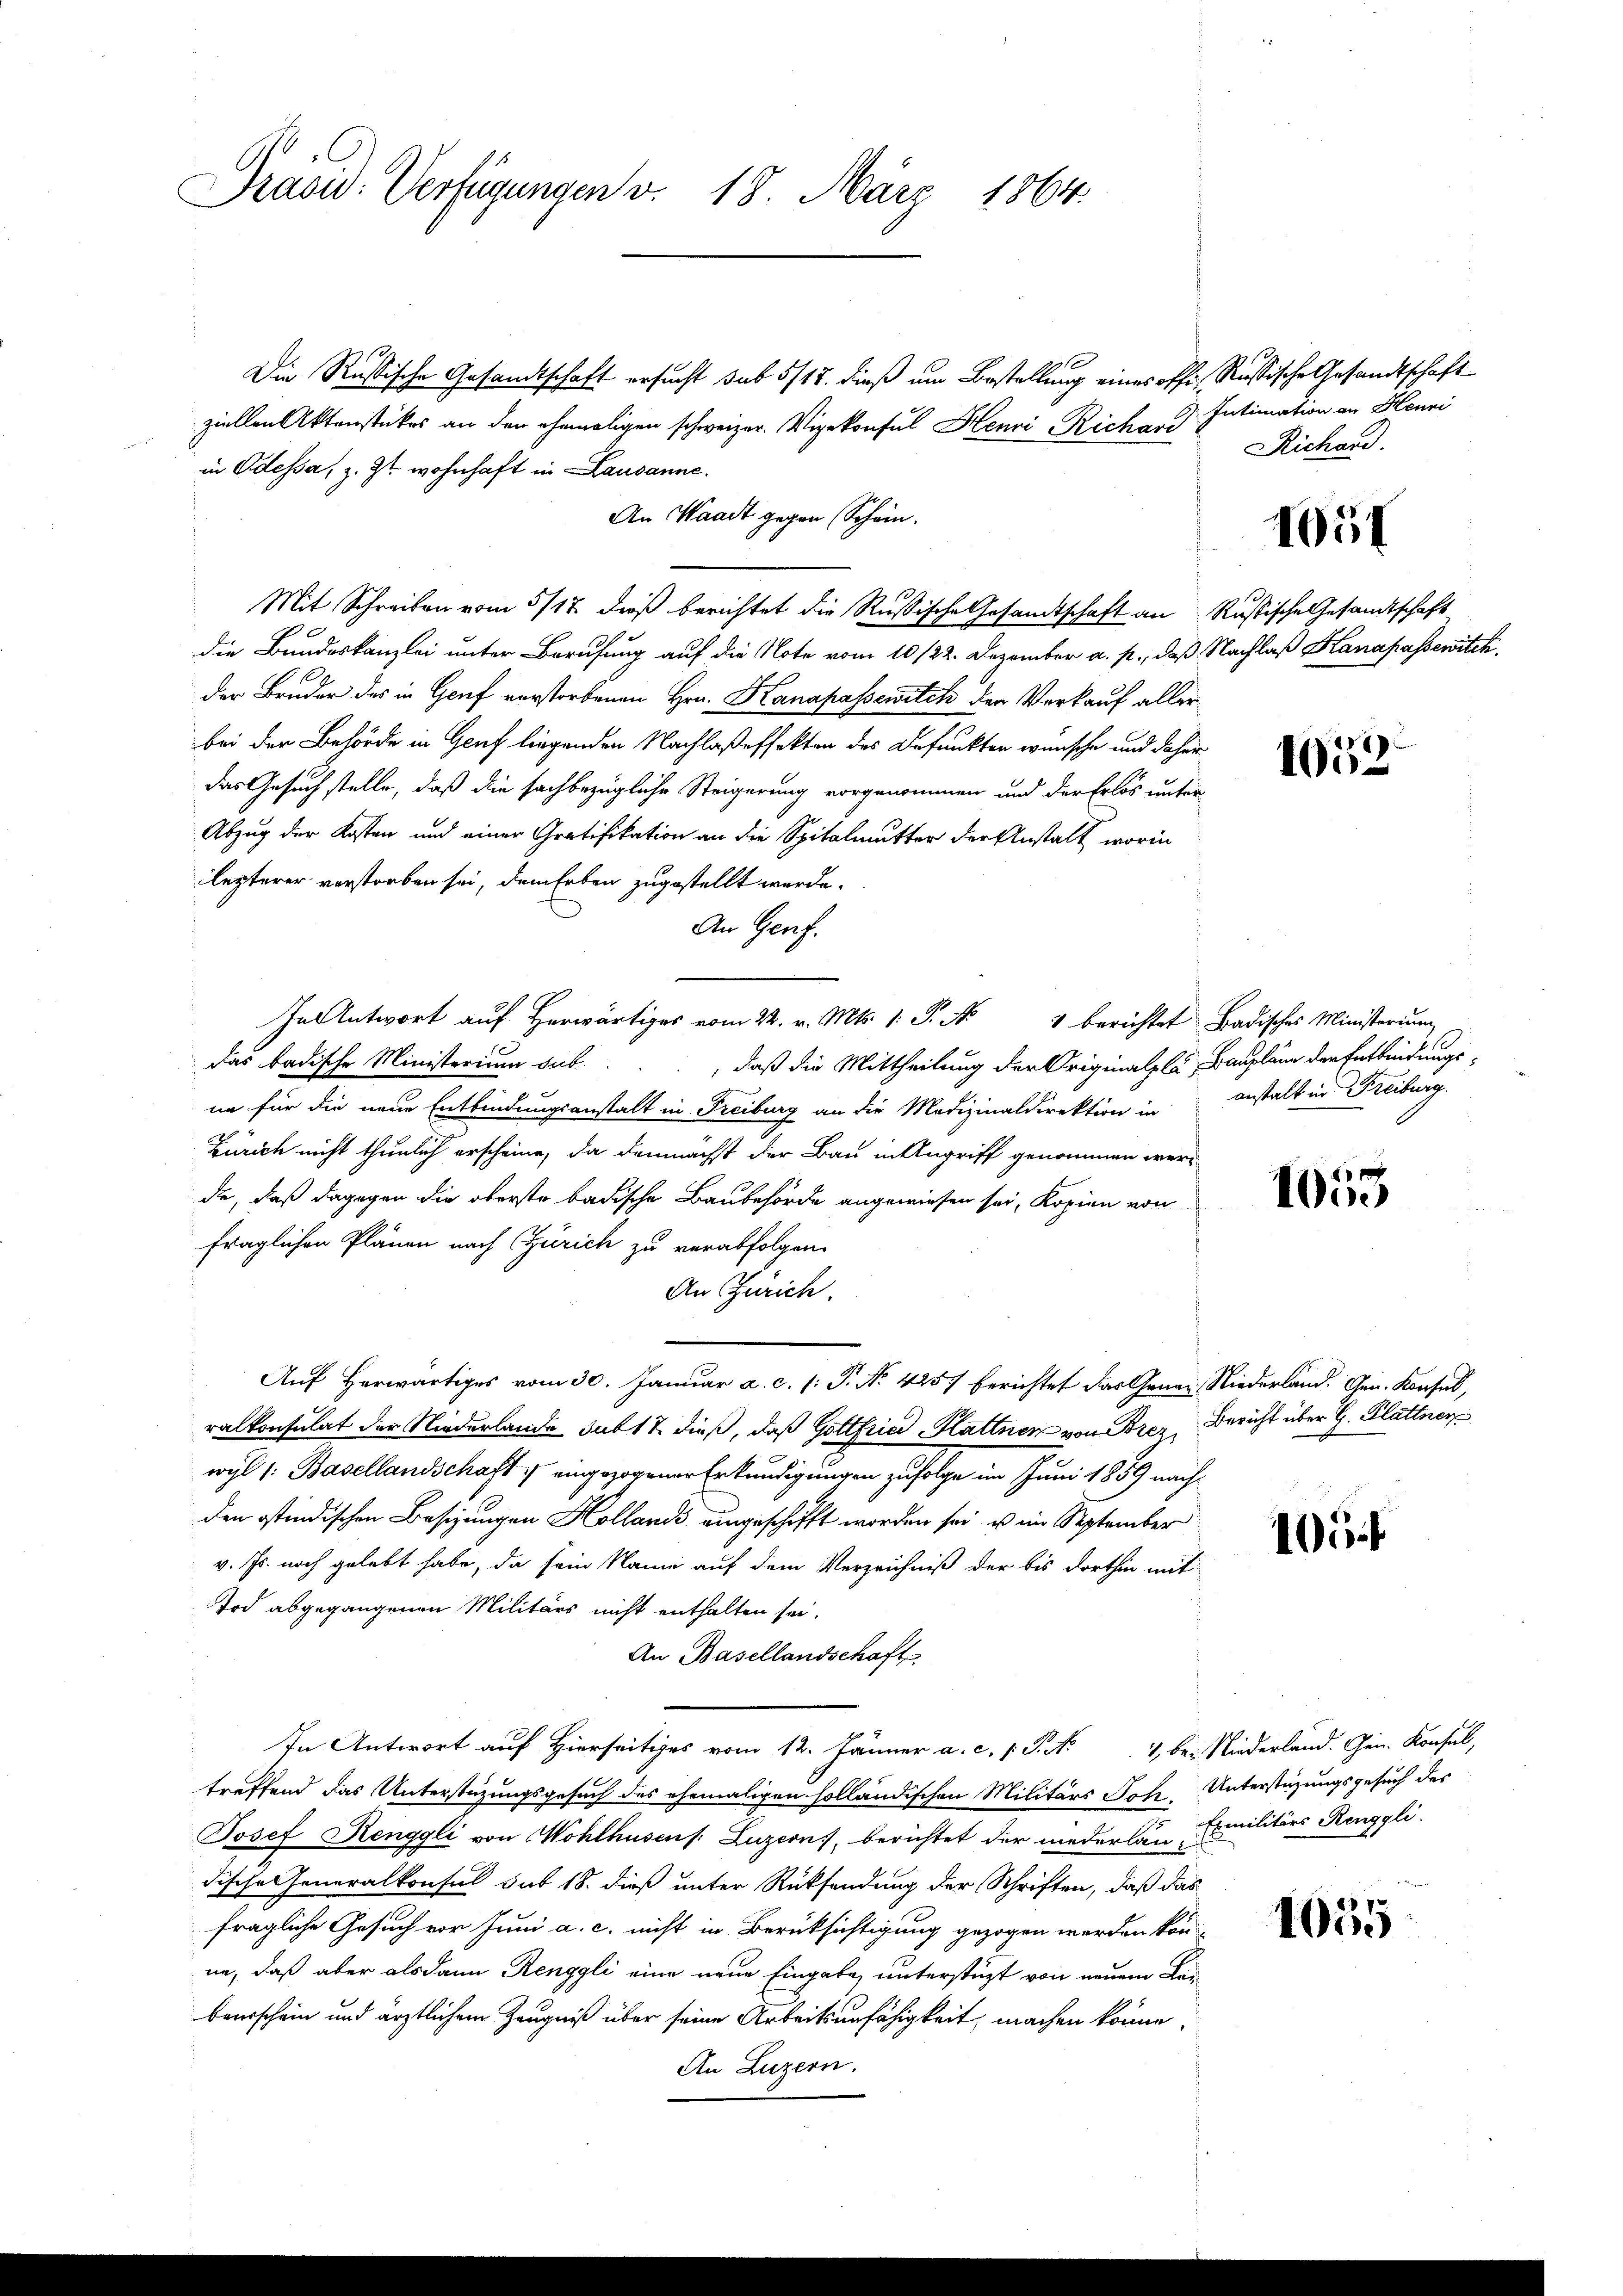
Präsid. Verfügungen v. 18. März 1864.

Die Russische Gesandtschaft ersucht sub 5/18. dieß um Bestellung eines offi, Russische Gesandtschaft
ziellen Aktenstückes an den ehemaligen schweizer. Vizekonsul Henri Richard
in Odessa, z. Zt. wohnhaft in Lausanne.
An Waadt gegen Schein.
Mit Schreiben vom 5/12. dieß berichtet die Russische Gesandtschaft an Russische Gesamtschaft
die Bundeskanzlei unter Berufung auf die Note vom 10 1/22. Dezember a. p., daß Nachlaß Hanapassewitch
der Bruder des in Genf verstorbenen Hrn. Kanapassewitch der Verkauf aller
bei der Behörde in Genf liegenden Nachlaßeffekten des Befunkten wünsche und daher
das Gesuch stelle, daß die sachbezügliche Steigerung vorgenommen und der Erlös unter¬
Abzug der Kosten und einer Gratifikation an die Spitalmutter der Anstalt, worin
lezterer verstorben sei, dem Erben zugestellt werde.
An Genf.
In Antwort auf herwärts vom 22. v. Mts. 1. P. Nr. 4 berichtet Badisches Ministerium
das badische Ministerium sub.
, daß die Mittheilung der Originalpla, Baupläne der Entbindungs-
nn für die neue Entbindungsanstalt in Freiburg an die Medizinaldirektion in anstalt in Freiburg.
Zürich nicht thunlich erscheine, da demnächst der Bau in Angriff genommen werde, daß dagegen die oberste badische Baubehörde angewiesen sei, Kopien von
fraglichen Plänen nach Zürich zu verabfolgen.
An Zürich.
Auf herwärtiges vom 30. Januar a. c. (: P. Nr. 4257 berichtet das Genan Niederland. Gen. Konsul,
ralkonsulat der Niederlande sub 17 dieß, daß Gottfried Klattner von Brez, Bericht über G. Plattner
wyl 1: Basellandschaft :/ eingezogener Erkundigungen zufolge im Juni 1859 näch
den stindischen Besizungen Kollands ausgeschifft worden sei, u im September
v. Js. noch gelebt habe, da sein Name auf dem Verzeichniß der bis dorthin mit
Stod abgegangenen Militärs nicht enthalten sei.
An Basellandschaft
In Antwort auf Hierseits vom 12. Jänner a. c. S. Nr. 4 bei Niederland. Gen. Konsul,
treffend das Unterstüzungsgesuch des ehemaligen holländischen Militärs Joh. Unterstüzungsgesuch des
Josef Renggli von Wohlhusens Luzern, berichtet der mederlan Emilitärs Renggli-
dische Generalkonsul sub 18. dieß unter Rücksendung der Schriften, daß das
fragliche Gesuch vor Juni a. c. nicht in Berüksichtigung gezogen werden kön-
ne, daß aber alsdann Renggli eine neue Eingabe, unterstüzt von neuem Leibeurschein und ärztlichem Zeugniß über seine Arbeitsunfähigkeit, machen könne,
An Luzern.

Intimation an Heuni
Richard.

405f

1052

1053

105 f

1055